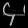
Digit: ၄